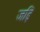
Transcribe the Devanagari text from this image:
जड़ि